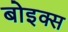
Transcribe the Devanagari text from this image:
बोइक्स